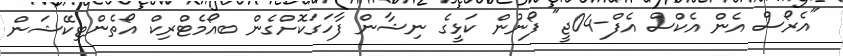
"އެރޯސް އެން އެކްސް އެފް-04ޖީ" ފޯނުން ކަޅީގެ ނިޝާން ފާހަގަކޮށްގެން ބއޯމެޓްރިކް އޯތެންޓިކޭޝަން